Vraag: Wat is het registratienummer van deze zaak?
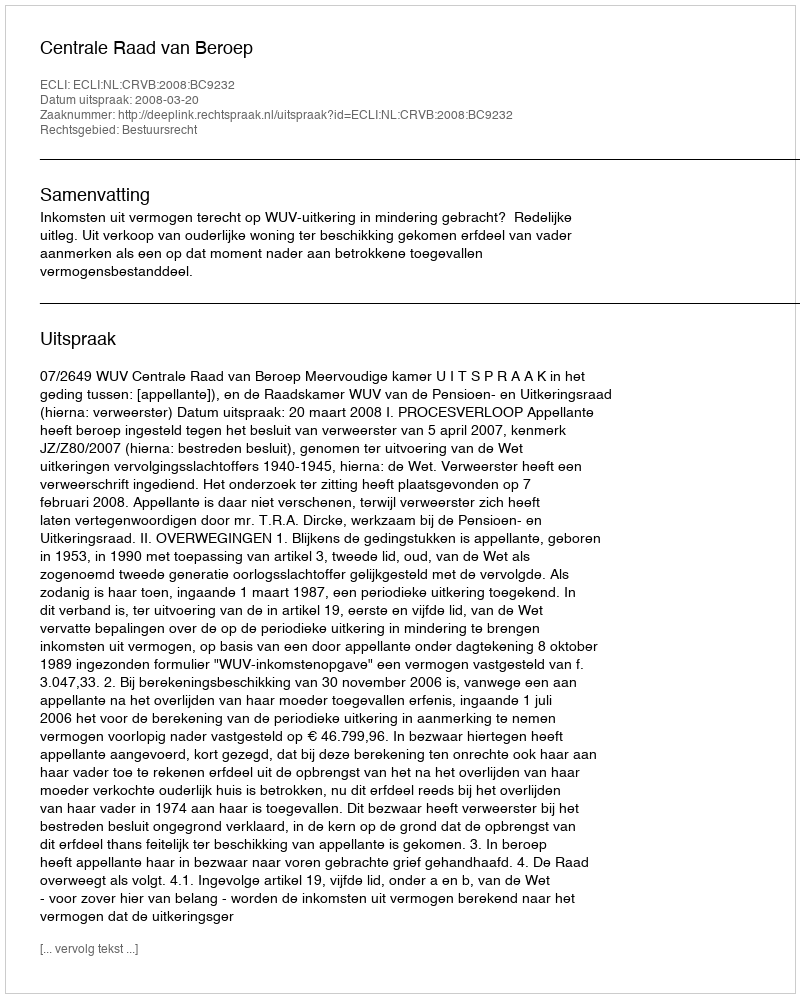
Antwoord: http://deeplink.rechtspraak.nl/uitspraak?id=ECLI:NL:CRVB:2008:BC9232